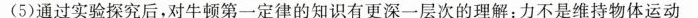
(5)通过实验探究后，对牛顿第一定律的知识有更深一层次的理解：力不是维持物体运动